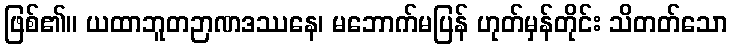
ဖြစ်၏။ ယထာဘူတဉာဏဒဿနေ၊ မဘောက်မပြန် ဟုတ်မှန်တိုင်း သိတတ်သော